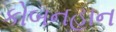
કોબનહાન